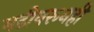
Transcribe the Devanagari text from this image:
मढीवरूनही